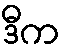
ဒီက